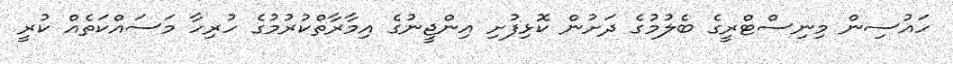
ހައުސިން މިނިސްޓްރީގެ ބެލުމުގެ ދަށުން ކޮޅިފުށި އިންޖީނުގެ އިމާރާތްކުރުމުގެ ހުރިހާ މަސައްކަތެއް ކުރީ